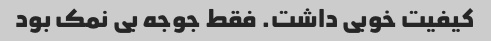
کیفیت خوبی داشت. فقط جوجه بی نمک بود